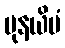
ပုနယိမံ